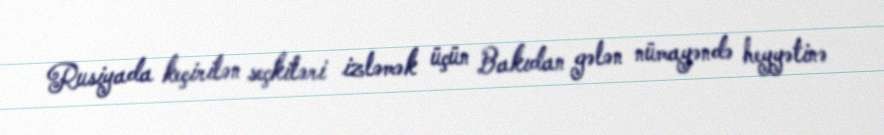
Rusiyada keçirilən seçkiləri izləmək üçün Bakıdan gələn nümayəndə heyyətinə